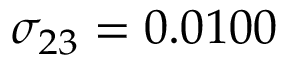
\sigma _ { 2 3 } = 0 . 0 1 0 0